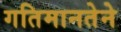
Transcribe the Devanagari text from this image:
गतिमानतेने